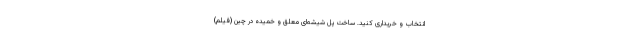
انتخاب و خریداری کنید. ساخت پل شیشه‌ای معلق و خمیده در چین (فیلم)